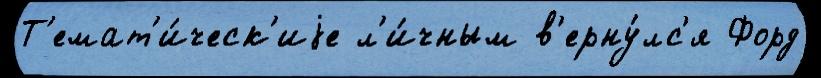
Т'емат'и́ческ'иjе л'и́чным в'ерну́лс'я Форд